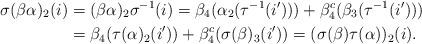
LaTeX: \begin{align*}\sigma(\beta\alpha)_2(i) &= (\beta\alpha)_2\sigma^{-1}(i) = \beta_4(\alpha_2(\tau^{-1}(i'))) + \beta_4^c(\beta_3(\tau^{-1}(i')))\\&= \beta_4(\tau(\alpha)_2(i')) + \beta_4^c(\sigma(\beta)_3(i')) = (\sigma(\beta)\tau(\alpha))_2(i).\end{align*}